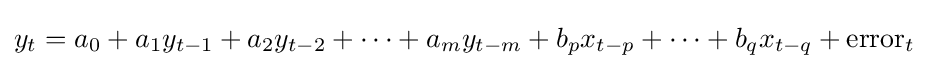
y_{t}=a_{0}+a_{1}y_{t-1}+a_{2}y_{t-2}+\cdots +a_{m}y_{t-m}+b_{p}x_{t-p}+\cdots +b_{q}x_{t-q}+{\text{error}}_{t}